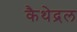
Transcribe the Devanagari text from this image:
कैथेद्रल